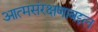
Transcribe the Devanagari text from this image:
आत्मसंरक्षणाबद्दल